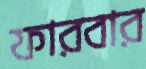
ফারবার